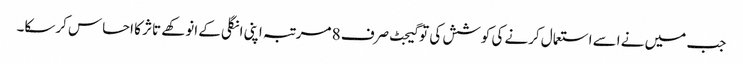
جب میں نے اسے استعمال کرنے کی کوشش کی تو گیجٹ صرف 8 مرتبہ اپنی انگلی کے انوکھے تاثر کا احساس کرسکا۔